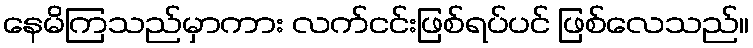
နေမိကြသည်မှာကား လက်ငင်းဖြစ်ရပ်ပင် ဖြစ်လေသည်။